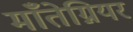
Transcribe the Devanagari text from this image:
माँतेग्नियर